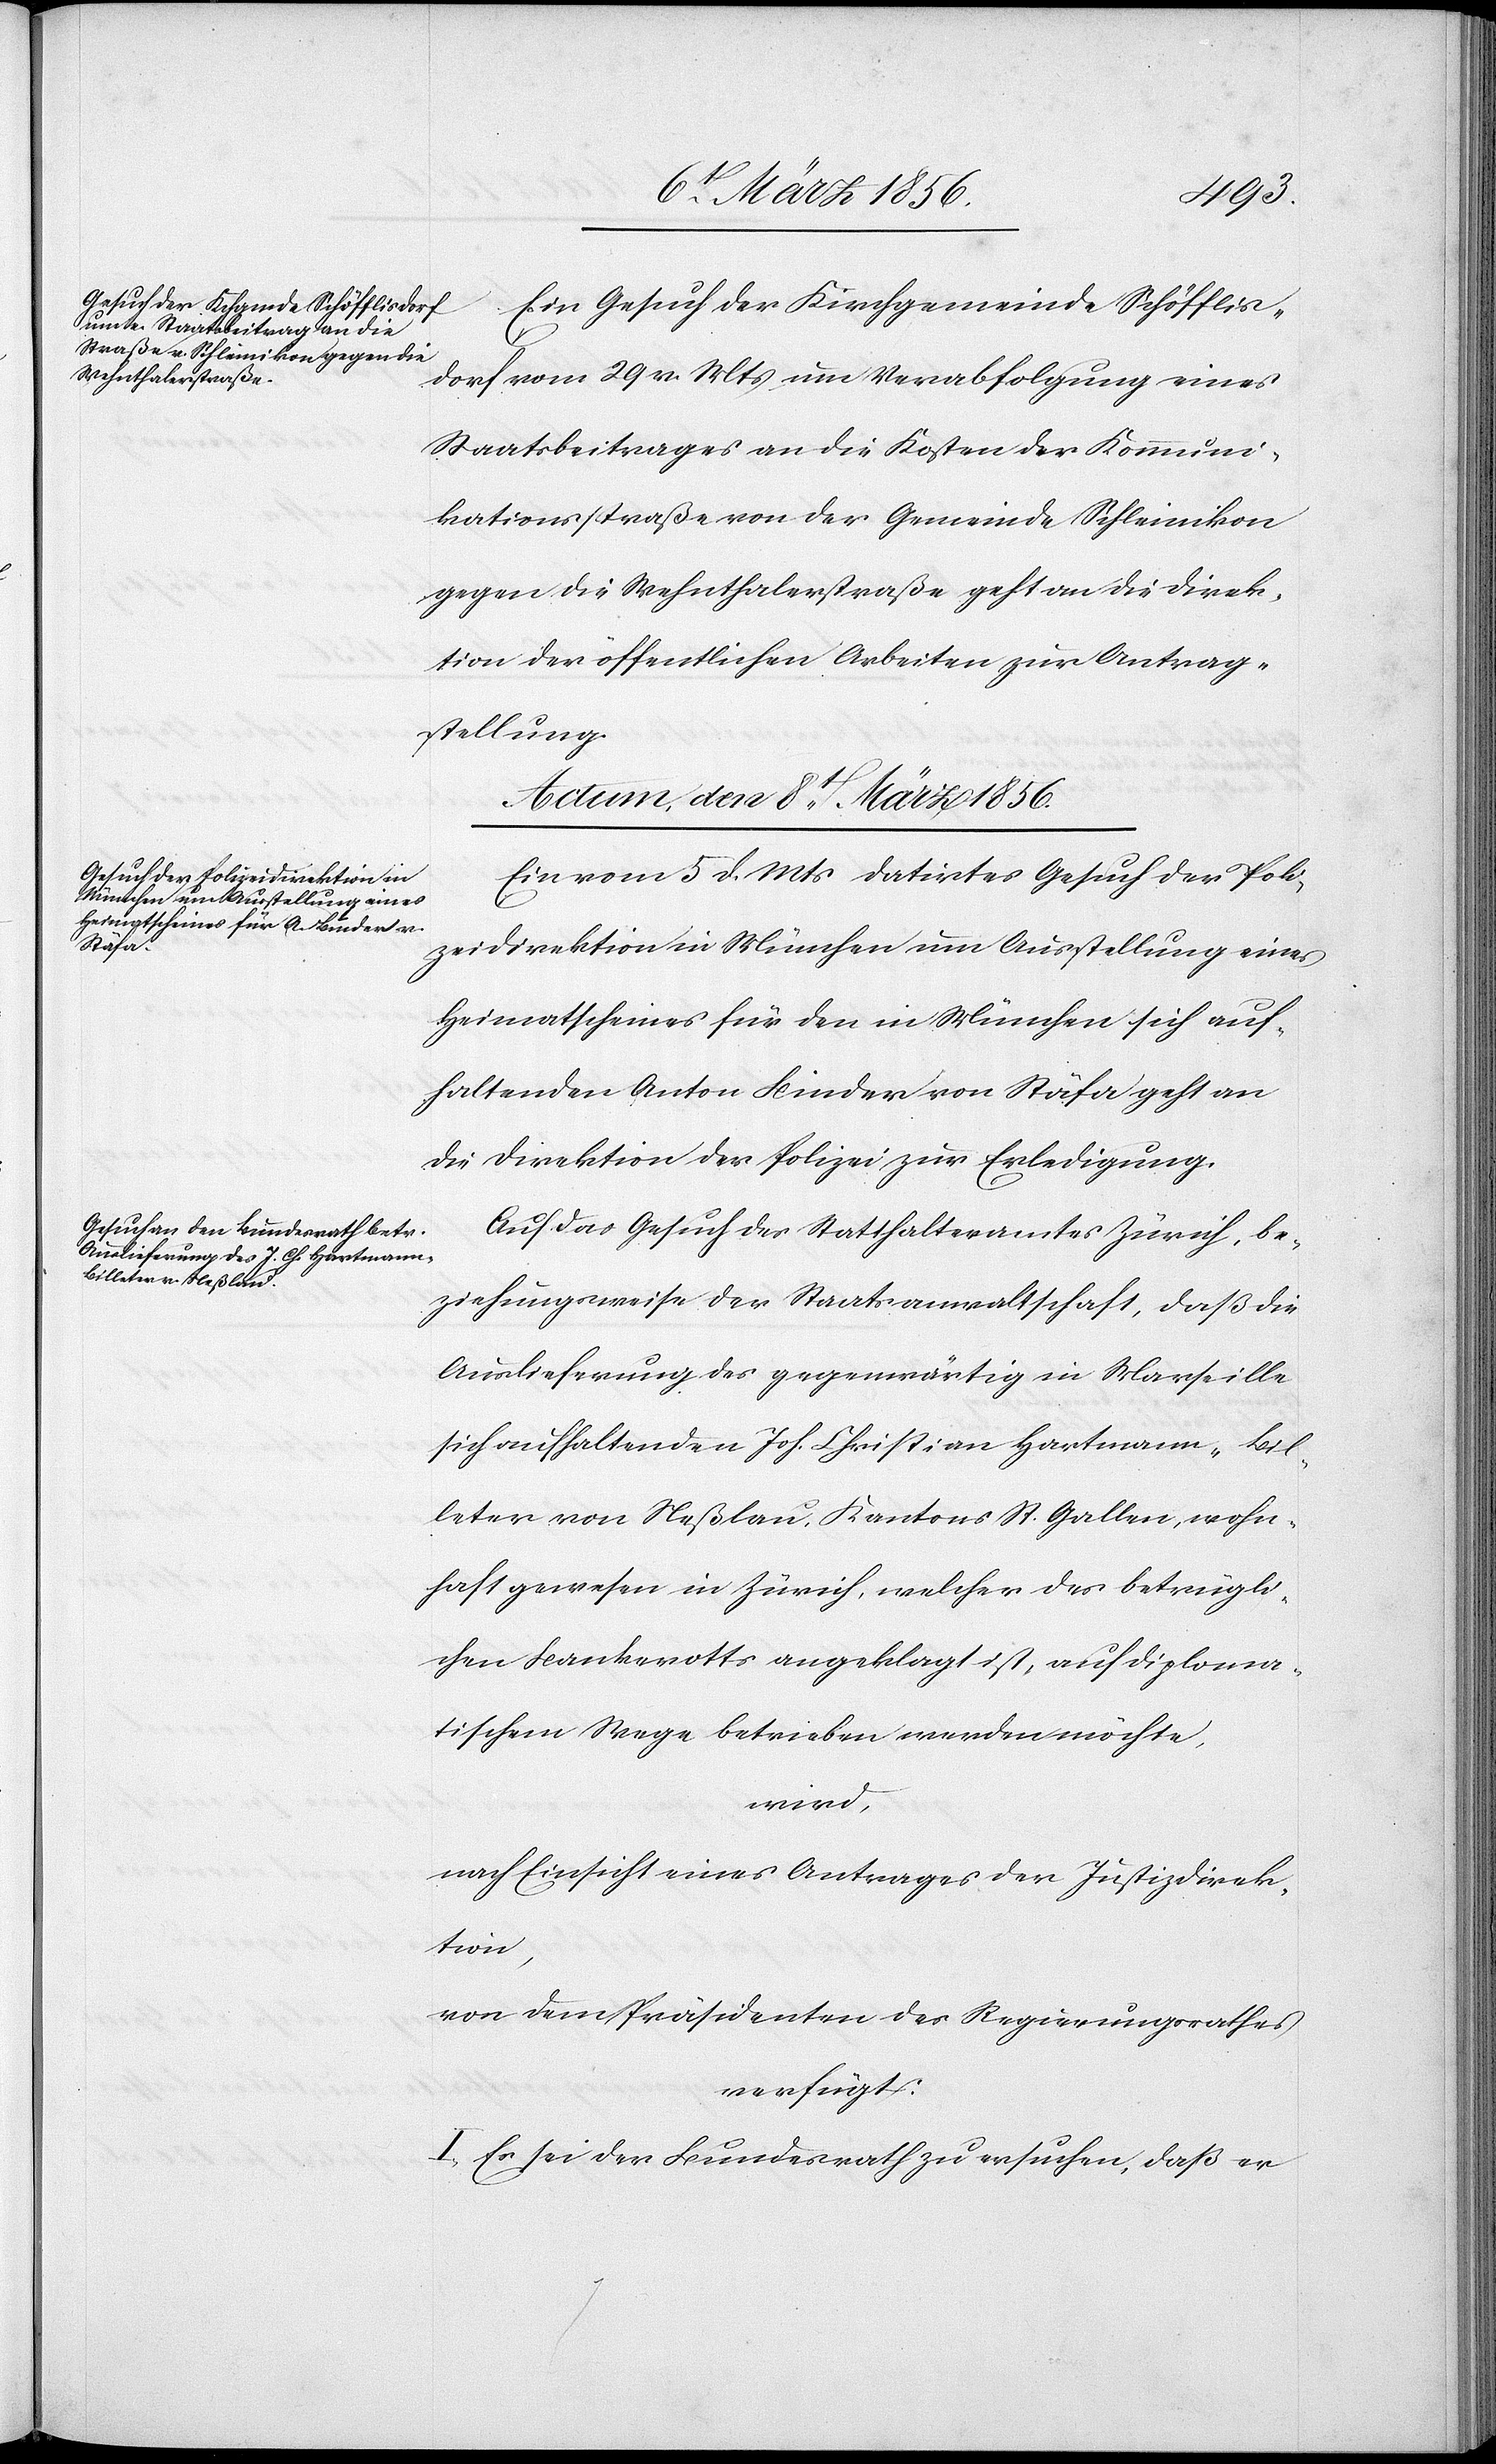
dorf vom 29 v. Mts um Verabfolgung eines
Staatsbeitrages an die Kosten der Kommuni¬
kationsstraße von der Gemeinde Schleinikon
gegen die Wehnthalerstraße geht an die Direk¬
tion der öffentlichen Arbeiten zur Antrag¬
stellung.
Actum, den 8t März 1856.]
Ein vom 5 d. Mts datirtes Gesuch der Poli¬
Schöfflis¬
zeidirektion in München um Ausstellung eines
Heimatscheines für den in München sich auf¬
haltenden Anton Binder von Stäfa geht an
die Direktion der Polizei zur Erledigung.
Auf das Gesuch des Statthalteramtes Zürich, be¬
ziehungsweise der Staatsanwaltschaft, daß die
Auslieferung des gegenwärtig in Marseille
sich aufhaltenden Joh. Christian Hartmann-Bil¬
leter von Neßlau, Kantons St. Gallen, wohn¬
haft gewesen in Zürich, welcher des betrügli¬
chen Bankerotts angeklagt ist, auf diploma¬
tischem Wege betrieben werden möchte,
wird,
nach Einsicht eines Antrages der Justizdirek¬
tion,
von dem Präsidenten des Regierungsrathes
verfügt:
I., Es sei der Bundesrath zu ersuchen, daß er